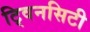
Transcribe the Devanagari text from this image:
टि्वनसिटी